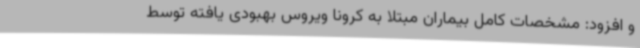
و افزود: مشخصات کامل بیماران مبتلا به کرونا ویروس بهبودی یافته توسط